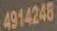
4914248